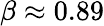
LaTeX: \beta\approx 0.89